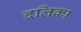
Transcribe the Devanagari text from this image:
दलिका